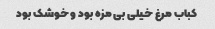
کباب مرغ خیلی بی مزه بود و خوشک بود